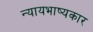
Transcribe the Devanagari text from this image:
न्यायभाष्यकार